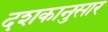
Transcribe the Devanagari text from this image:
दशकानुसार